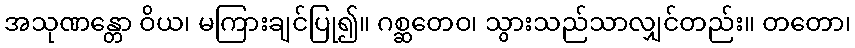
အသုဏန္တော ဝိယ၊ မကြားချင်ပြု၍။ ဂစ္ဆတေဝ၊ သွားသည်သာလျှင်တည်း။ တတော၊